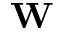
\mathbf { W }